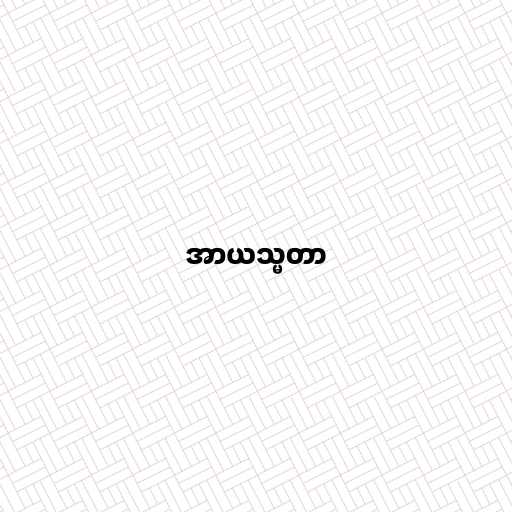
အာယသ္မတာ